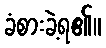
ခံစားခဲ့ရ၏။